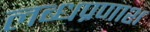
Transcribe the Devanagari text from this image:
लब्धप्रणाश